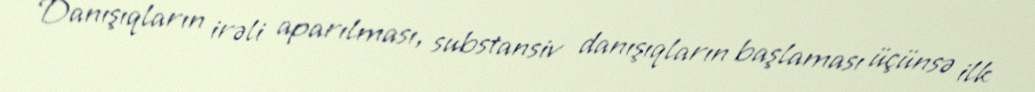
Danışıqların irəli aparılması, substansiv danışıqların başlaması üçünsə ilk